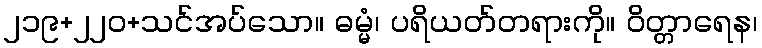
၂၁၉+၂၂၀+သင်အပ်သော။ ဓမ္မံ၊ ပရိယတ်တရားကို။ ဝိတ္တာရေန၊